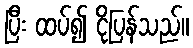
ပြီး ထပ်၍ ငိုပြန်သည်။